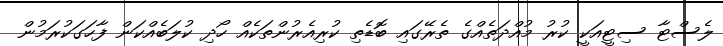
ލެސްޓާ ސިޓީއަކީ ކުރު މުއްދަތެއްގެ ތެރޭގައި ބޮޑެތި ކުރިއެރުންތަކެއް ހޯދި ކުލަބެއްކަން ފާހަގަކުރަމުން